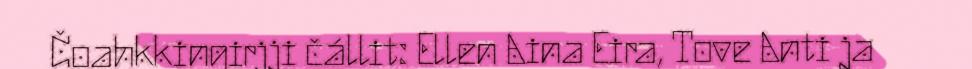
Čoahkkingirjji čállit: Ellen Aina Eira, Tove Anti ja